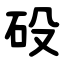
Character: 砓